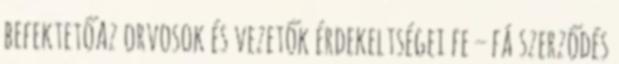
befektetőAz orvosok és vezetők érdekeltségei fe – fá szerződés